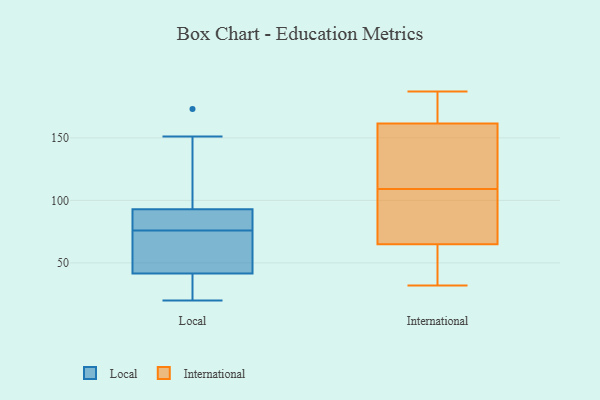
{"axis": {"x": "Conversion Rate (%)", "y": "Value"}, "legend": ["International", "Local"], "data": [{"x": "", "y": 67, "type": "Local"}, {"x": "", "y": 70, "type": "Local"}, {"x": "", "y": 83, "type": "Local"}, {"x": "", "y": 20, "type": "Local"}, {"x": "", "y": 95, "type": "Local"}, {"x": "", "y": 30, "type": "Local"}, {"x": "", "y": 173, "type": "Local"}, {"x": "", "y": 46, "type": "Local"}, {"x": "", "y": 134, "type": "Local"}, {"x": "", "y": 40, "type": "Local"}, {"x": "", "y": 151, "type": "Local"}, {"x": "", "y": 76, "type": "Local"}, {"x": "", "y": 103, "type": "Local"}, {"x": "", "y": 25, "type": "Local"}, {"x": "", "y": 87, "type": "Local"}, {"x": "", "y": 31, "type": "Local"}, {"x": "", "y": 55, "type": "Local"}, {"x": "", "y": 86, "type": "Local"}, {"x": "", "y": 77, "type": "Local"}, {"x": "", "y": 65, "type": "International"}, {"x": "", "y": 109, "type": "International"}, {"x": "", "y": 185, "type": "International"}, {"x": "", "y": 163, "type": "International"}, {"x": "", "y": 65, "type": "International"}, {"x": "", "y": 32, "type": "International"}, {"x": "", "y": 160, "type": "International"}, {"x": "", "y": 109, "type": "International"}, {"x": "", "y": 59, "type": "International"}, {"x": "", "y": 65, "type": "International"}, {"x": "", "y": 154, "type": "International"}, {"x": "", "y": 187, "type": "International"}]}